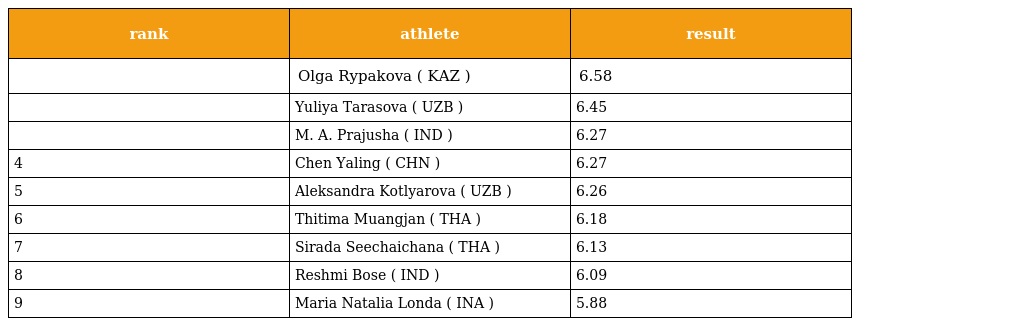
| rank | athlete | result |
 | --- | --- | --- |
 |  | Olga Rypakova ( KAZ ) | 6.58 |
 |  | Yuliya Tarasova ( UZB ) | 6.45 |
 |  | M. A. Prajusha ( IND ) | 6.27 |
 | 4 | Chen Yaling ( CHN ) | 6.27 |
 | 5 | Aleksandra Kotlyarova ( UZB ) | 6.26 |
 | 6 | Thitima Muangjan ( THA ) | 6.18 |
 | 7 | Sirada Seechaichana ( THA ) | 6.13 |
 | 8 | Reshmi Bose ( IND ) | 6.09 |
 | 9 | Maria Natalia Londa ( INA ) | 5.88 |